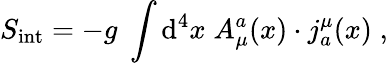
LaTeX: S_{\mathrm{int}}=-g\; \int\mathrm{d}^{4}x\; A_{\mu}^{a}(x)\cdot j_{a}^{\mu}(x)\; ,